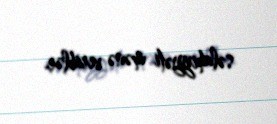
səlahiyyəti mənə veriblər.